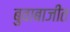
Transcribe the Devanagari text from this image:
बुवाबाजीत